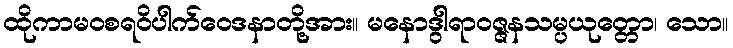
ထိုကာမဝစရဝိပါက်ဝေဒနာတို့အား။ မနောဒွါရာဝဇ္ဇနသမ္ပယုတ္တော၊ သော။